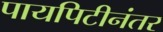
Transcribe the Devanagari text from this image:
पायपिटीनंतर